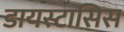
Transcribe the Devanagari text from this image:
डायस्टासिस